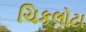
ચિકલોટા